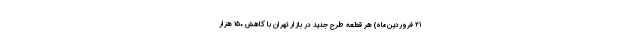
۲۱ فروردین‌ماه) هر قطعه طرح جدید در بازار تهران با کاهش ۱۵۰ هزار